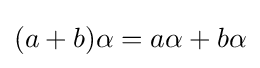
(a+b)\alpha =a\alpha +b\alpha